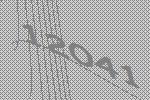
12041